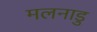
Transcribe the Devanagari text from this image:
मलनाडु